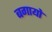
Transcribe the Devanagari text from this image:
बगायो